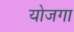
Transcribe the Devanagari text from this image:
योजगा